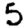
Digit: 5